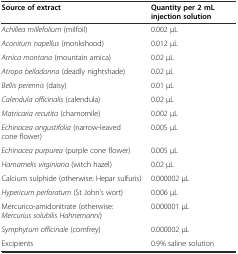
<table><thead><tr><td><b>Source of extract</b></td><td><b>Quantity per 2 mL injection solution</b></td></tr></thead><tbody><tr><td><i>Achillea millefolium</i> (milfoil)</td><td>0.002 μL</td></tr><tr><td><i>Aconitum napellus</i> (monkshood)</td><td>0.012 μL</td></tr><tr><td><i>Arnica montana</i> (mountain arnica)</td><td>0.02 μL</td></tr><tr><td><i>Atropa belladonna</i> (deadly nightshade)</td><td>0.02 μL</td></tr><tr><td><i>Bellis perennis</i> (daisy)</td><td>0.01 μL</td></tr><tr><td><i>Calendula officinalis</i> (calendula)</td><td>0.02 μL</td></tr><tr><td><i>Matricaria recutita</i> (chamomile)</td><td>0.002 μL</td></tr><tr><td><i>Echinacea angustifolia</i> (narrow-leaved cone flower)</td><td>0.005 μL</td></tr><tr><td><i>Echinacea purpurea</i> (purple cone flower)</td><td>0.005 μL</td></tr><tr><td><i>Hamamelis virginiana</i> (witch hazel)</td><td>0.02 μL</td></tr><tr><td>Calcium sulphide (otherwise: Hepar sulfuris)</td><td>0.000002 μL</td></tr><tr><td><i>Hypericum perforatum</i> (St John’s wort)</td><td>0.006 μL</td></tr><tr><td>Mercurico-amidonitrate (otherwise: <i>Mercurius solubilis Hahnemanni</i>)</td><td>0.000001 μL</td></tr><tr><td><i>Symphytum officinale</i> (comfrey)</td><td>0.000002 μL</td></tr><tr><td>Excipients</td><td>0.9% saline solution</td></tr></tbody></table>